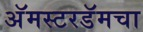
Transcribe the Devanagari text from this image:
अॅमस्टरडॅमचा